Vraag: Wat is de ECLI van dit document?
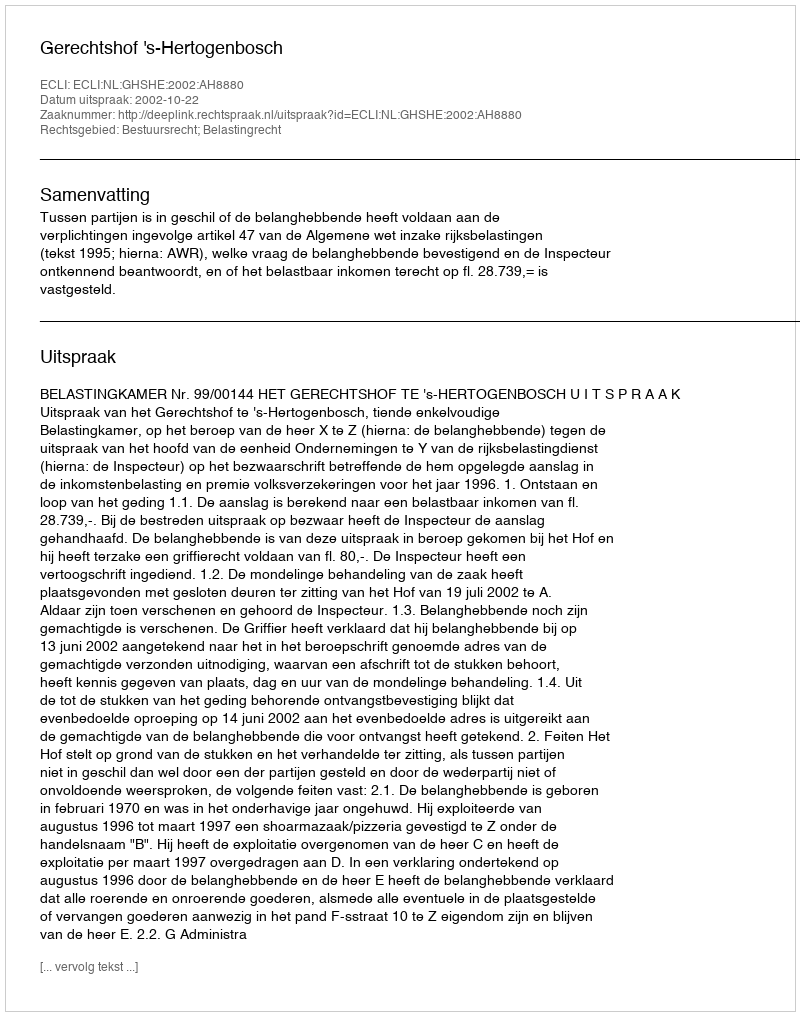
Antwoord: ECLI:NL:GHSHE:2002:AH8880